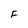
Character: F